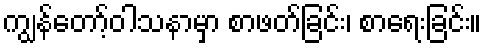
ကျွန်တော့်ဝါသနာမှာ စာဖတ်ခြင်း၊ စာရေးခြင်း။